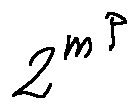
2 ^ { m ^ { p } }